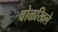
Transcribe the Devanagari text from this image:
वोळखिले